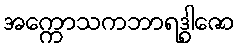
အက္ကောသကဘာရဒွါဇော